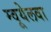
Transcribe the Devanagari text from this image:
म्वूयेलवा